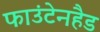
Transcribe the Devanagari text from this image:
फाउंटेनहैड